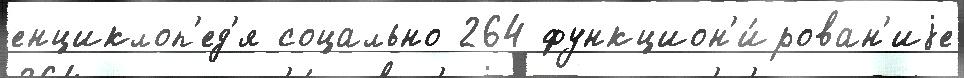
енциклоп'ед'я соцально 264 функцион'и́рован'иjе